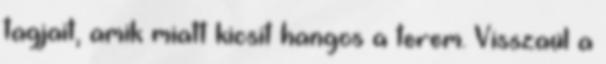
tagjait, amik miatt kicsit hangos a terem. Visszaül a